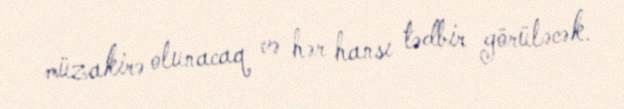
müzakirə olunacaq və hər hansı tədbir görüləcək.